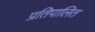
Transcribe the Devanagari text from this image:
प्रतिपालित